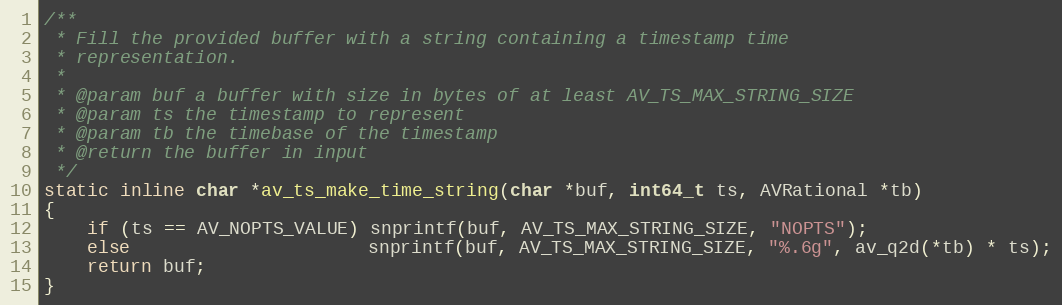
Language: C
/**
 * Fill the provided buffer with a string containing a timestamp time
 * representation.
 *
 * @param buf a buffer with size in bytes of at least AV_TS_MAX_STRING_SIZE
 * @param ts the timestamp to represent
 * @param tb the timebase of the timestamp
 * @return the buffer in input
 */
static inline char *av_ts_make_time_string(char *buf, int64_t ts, AVRational *tb)
{
    if (ts == AV_NOPTS_VALUE) snprintf(buf, AV_TS_MAX_STRING_SIZE, "NOPTS");
    else                      snprintf(buf, AV_TS_MAX_STRING_SIZE, "%.6g", av_q2d(*tb) * ts);
    return buf;
}